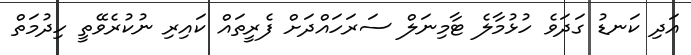
އަދި ކަނޑު ގަދަވެ ހުޅުމާލެ ޓާމިނަލް ސަރަހައްދަށް ފެރީތައް ކައިރި ނުކުރެވޭތީ ހިދުމަތް